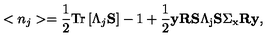
< n _ { j } > = \frac 1 2 \mathrm { T } \mathrm { r } \left[ \Lambda _ { j } { \bf S } \right] - 1 + \frac 1 2 { \bf y } { \bf R } \mathrm { { \bf S } \Lambda _ j { \bf S } \Sigma _ x { \bf R } { \bf y } } ,